Annual report on the working of the mental hospitals in the Madras Presidency - 1912-1932
Year: 1912
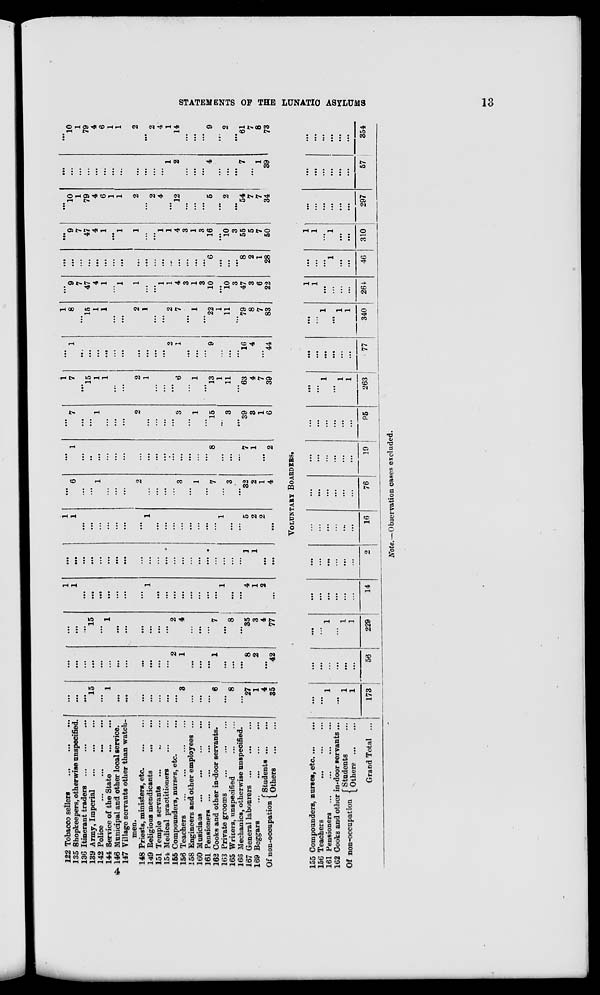
STATEMENTS OF THE LUNATIC ASYLUMS
13
122 Tobacco sellers
...
...
...
135 Shopkeepers, otherwise unspecified.
136 Itinerant traders
...
...
...
139 Army, Imperial
...
...
...
142 Police
...
...
...
...
144 Service of the State
...
...
146 Municipal and other local service.
147 Village servants other than watch-
men.
148 Priests, ministers, etc.
...
...
149 Religions mendicants ... ...
151 Temple servants
...
...
...
154 Medical practitioners ... ...
155 Compounders, nurses, etc. ...
156 Teachers
...
...
...
...
158 Engineers and other employees ...
160 Musicians
...
...
...
...
161 Pensioners
...
...
...
...
162 Cooks and other in-door servants.
163 Private grooms
...
...
...
165 Writers, unspecified ... ...
166 Mechanics, otherwise unspecified.
167 General labourers
...
...
...
169 Beggars ... ... ... ...
Of non-occupation Students
...
...
Others
...
...
...
...
...
15
...
1
...
...
...
...
...
...
...
3
...
...
...
6
...
8
...
27
1
4
35
...
...
...
...
...
...
...
...
...
...
...
2
1
...
...
...
1
...
...
...
8
2
...
42
...
...
...
15
...
1
...
...
...
...
...
...
2
4
...
...
...
7
...
8
...
35
3
4
77
1
1
...
...
...
...
...
...
...
1
...
...
...
...
...
...
...
...
1
...
...
4
1
2
...
...
...
...
...
...
...
...
...
...
...
...
...
...
...
...
...
...
...
...
...
...
1
1
...
...
1
1
...
...
...
...
...
...
...
1
...
...
...
...
...
...
...
...
1
...
...
5
2
2
...
...
6
...
...
1
...
...
...
2
...
...
...
...
3
...
1
...
7
...
3
...
32
2
1
4
...
1
...
...
...
...
...
...
...
...
...
...
...
...
...
...
...
8
...
...
...
7
1
...
2
...
7
...
...
1
...
...
...
2
...
...
...
...
3
...
1
...
15
...
3
...
39
3
1
6
1
7
...
15
1
1
...
...
2
1
...
...
...
6
...
1
...
13
1
11
...
63
4
7
39
...
1
...
...
...
...
...
...
...
...
...
...
2
1
...
...
...
9
...
...
...
16
4
...
44
1
8
...
15
1
1
...
...
2
1
...
...
2
7
...
1
...
22
1
11
...
79
8
7
83
...
9
7
47
4
1
...
1
1
...
...
1
1
4
3
1
3
10
...
10
3
47
3
6
22
...
...
...
...
...
...
...
...
...
...
...
...
...
...
...
...
...
6
...
...
...
8
2
1
28
...
9
7
47
4
1
...
1
1
...
...
1
1
4
3
1
3
16
...
10
3
55
5
7
50
...
10
1
79
4
6
1
1
2
...
2
4
...
12
...
...
...
5
...
2
...
54
7
7
34
...
...
...
...
...
...
...
...
...
...
...
...
1
2
...
...
...
4
...
...
...
7
...
1
39
...
10
1
79
4
6
1
1
2
...
2
4
1
14
...
...
...
9
...
2
...
61
7
8
73
VOLUNTARY BOARDERS.
155 Compounders, nurses, etc
...
...
156 Teachers
...
...
...
161 Pensioners ... ... ... ...
162 Cooks and other in-door servants ...
Of non-occupation
Students ...
Others
...
...
Grand Total ...
...
...
1
...
1
1
173
...
...
...
...
...
...
56
...
...
1
...
1
1
229
...
...
...
...
...
...
14
...
...
...
...
...
...
2
...
...
...
...
...
16
...
...
...
...
...
...
76
...
...
...
...
...
...
19
...
...
...
...
...
...
95
...
...
1
...
1
1
263
...
...
...
...
...
...
77
...
...
1
...
1
1
340
1
1
...
...
...
...
264
...
...
...
1
...
...
46
1
1
...
1
...
...
310
...
...
...
...
...
...
297
...
...
...
...
...
...
57
...
...
...
...
...
...
354
Note.—Observation cases excluded.
4